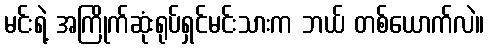
မင်းရဲ့ အကြိုက်ဆုံးရုပ်ရှင်မင်းသားက ဘယ် တစ်ယောက်လဲ။